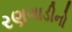
રણગાડીનો